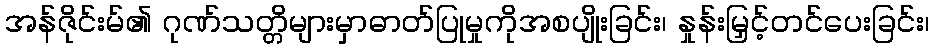
အန်ဇိုင်းမ်၏ ဂုဏ်သတ္တိများမှာဓာတ်ပြုမှုကိုအစပျိုးခြင်း၊ နှုန်းမြှင့်တင်ပေးခြင်း၊